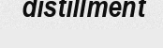
distillment